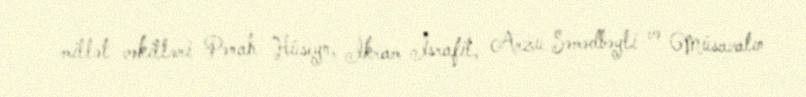
millət vəkilləri Pənah Hüseyn, İkram İsrafil, Arzu Səmədbəyli və Müsavatın